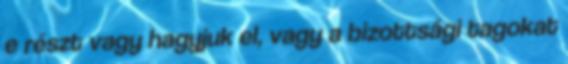
e részt vagy hagyjuk el, vagy a bizottsági tagokat